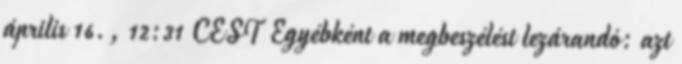
április 16., 12:31 CEST Egyébként a megbeszélést lezárandó: azt